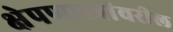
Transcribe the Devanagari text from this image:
क्षेपणास्त्रांवरील